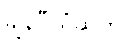
ချန်ပီယံဆုကို